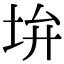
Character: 𡊯